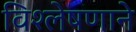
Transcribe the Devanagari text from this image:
विश्लेषणाने